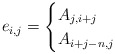
\begin{align*}e_{i,j}=\begin{cases}A_{j,i+j} & \\A_{i+j-n,j} & \end{cases}\end{align*}